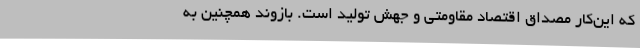
که این‌کار مصداق اقتصاد مقاومتی و جهش تولید است. بازوند همچنین به